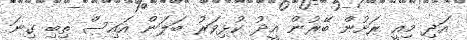
އަދި މިއީ ރަށުން ބޭރުން އީދު ކުޅިވަރު ބަލަން އައިސް ތިބި ގިނަ